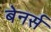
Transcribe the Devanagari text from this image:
बेनर्स